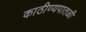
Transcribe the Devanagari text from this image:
काठीण्यपातळी